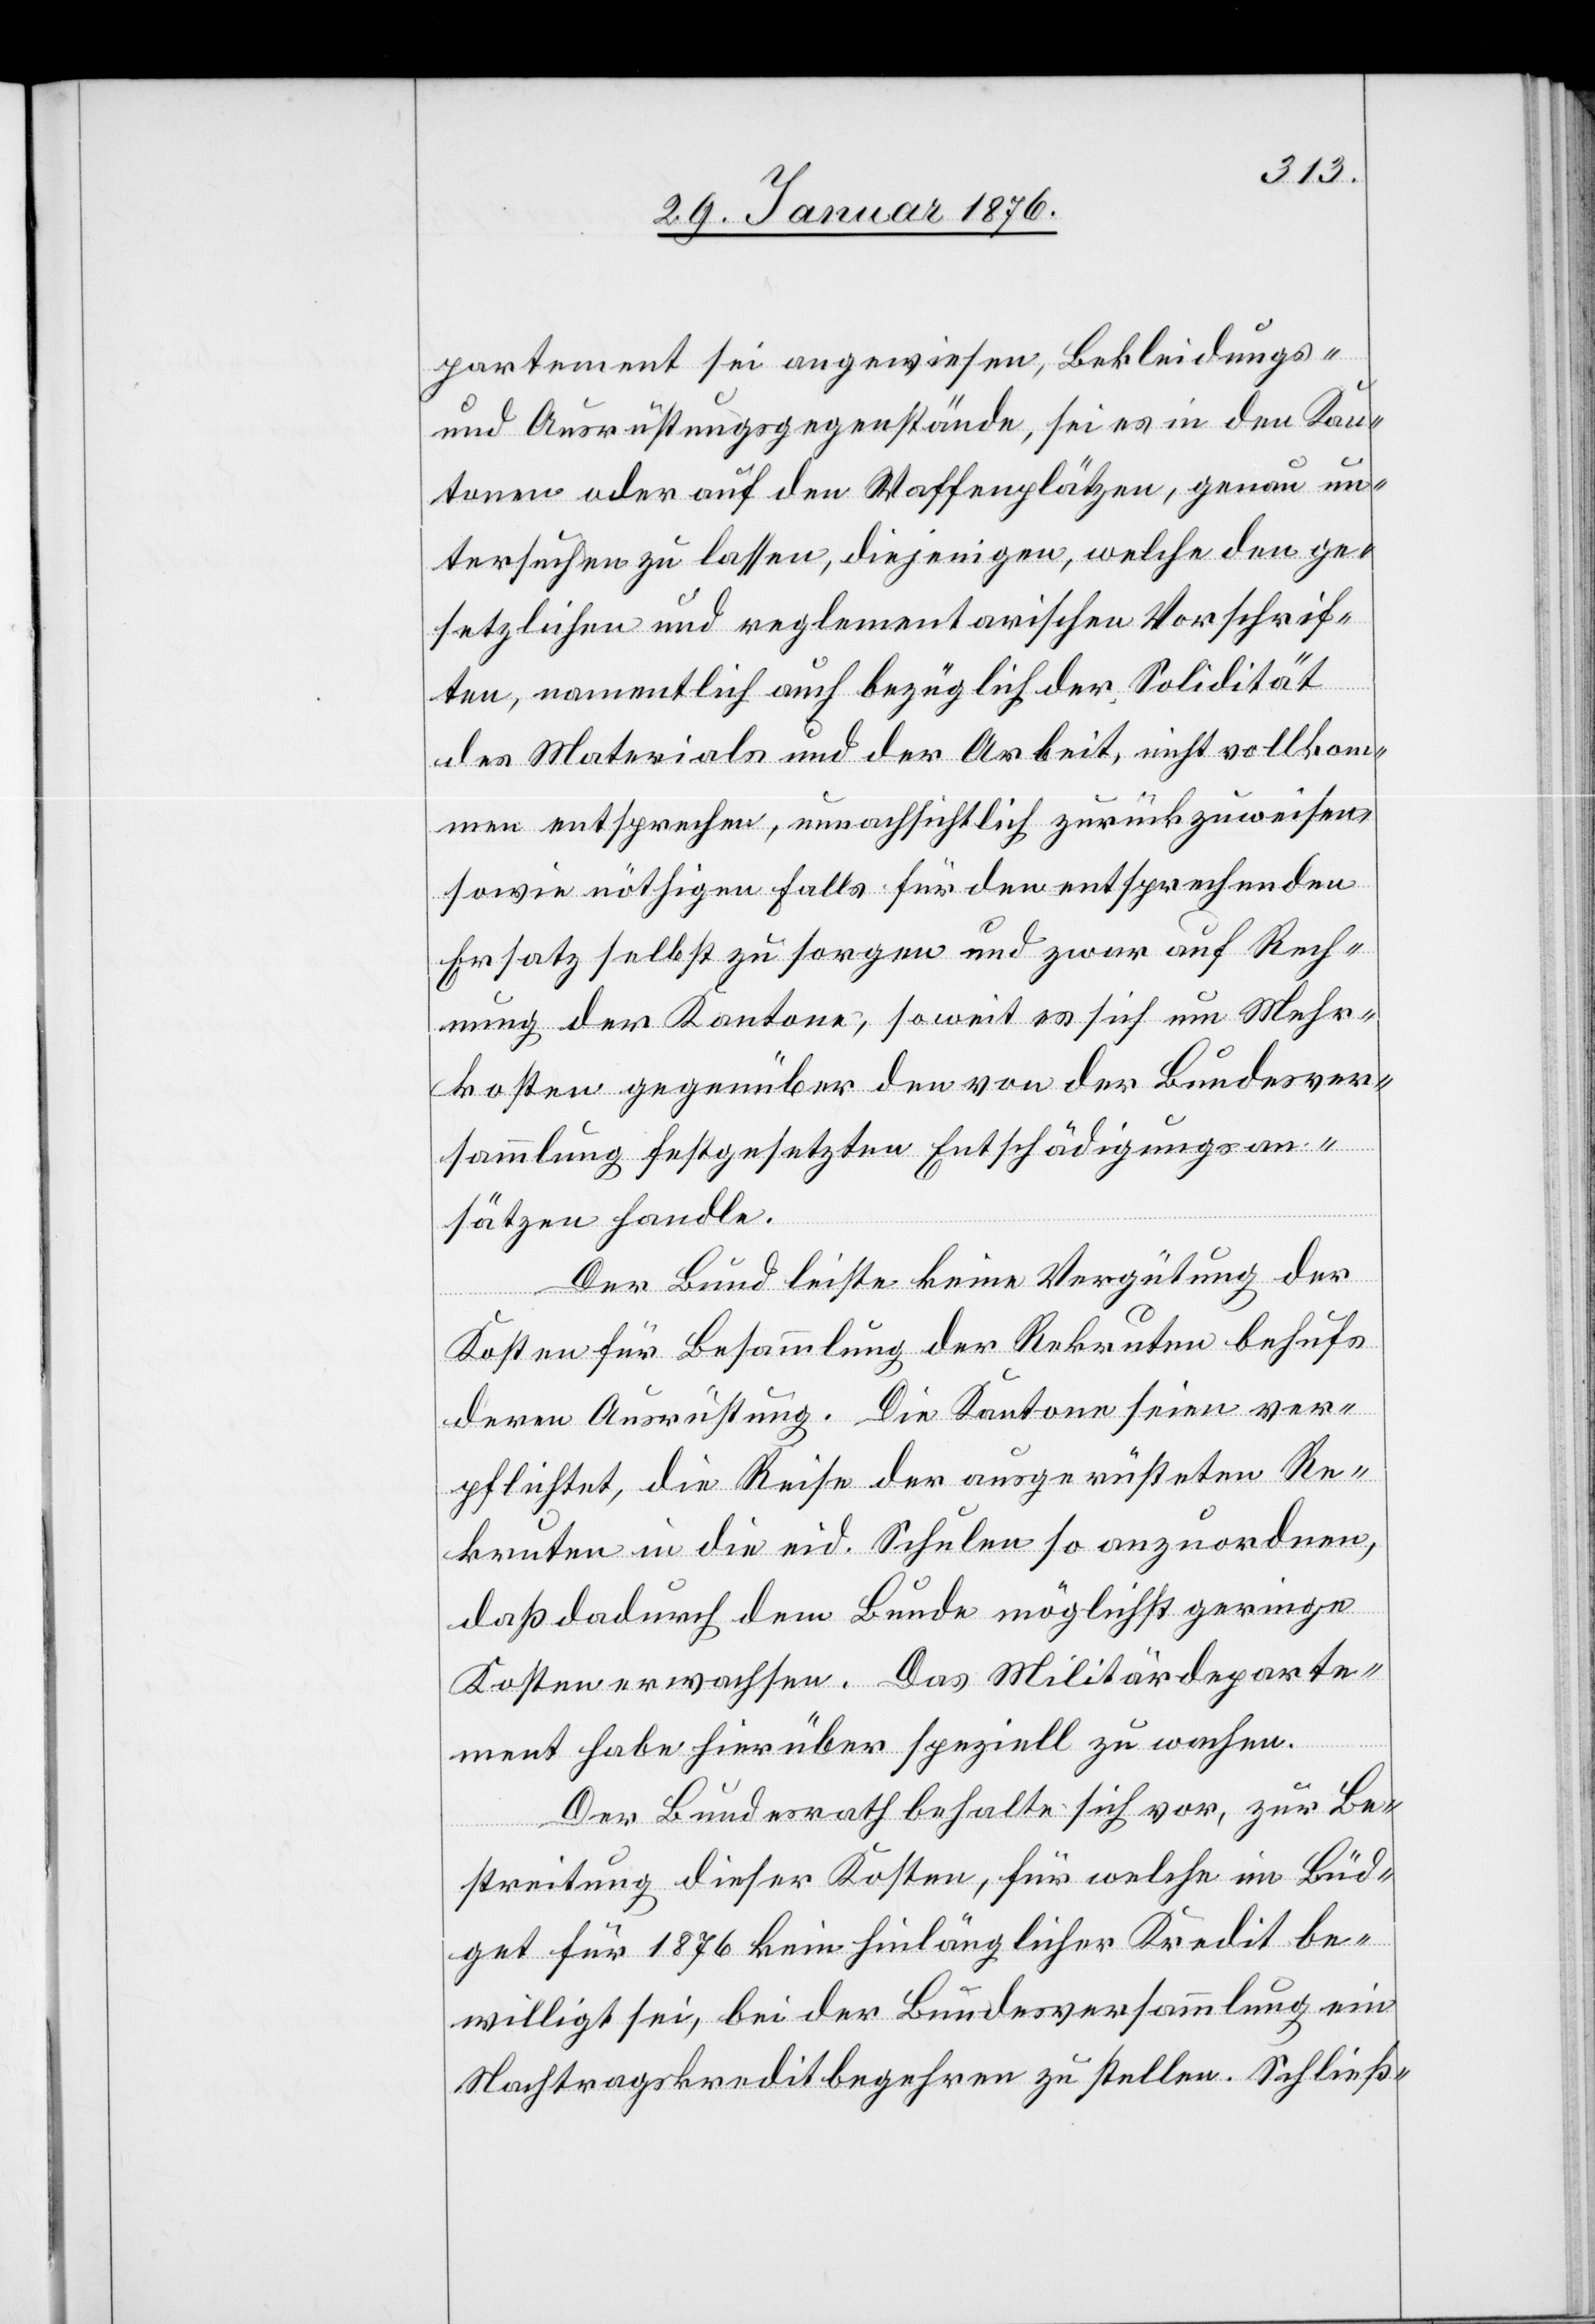
partement sei angewiesen, Bekleidungs-
und Ausrüstungsgegenstände, sei es in den Kan¬
tonen oder auf den Waffenplätzen, genau un¬
tersuchen zu lassen, diejenigen, welche den ge¬
setzlichen und reglementarischen Vorschrif¬
ten, namentlich auch bezüglich der Solidität
des Materialen und der Arbeit, nicht vollkom¬
men entsprechen, unnachsichtlich zurückzuweisen
sowie nöthigen Falls für den entsprechenden
Ersatz selbst zu sorgen und zwar auf Rech¬
nung der Kantone, soweit es sich um Mehr¬
kosten gegenüber den von der Bundesver¬
sammlung festgesetzten Entschädigungsan¬
sätzen handle.
Der Bund leiste keine Vergütung der
Kosten für Besammlung der Rekruten behufs
deren Ausrüstung. Die Kantone seien ver¬
pflichtet, die Reise der ausgerüsteten Re¬
kruten in die eid. Schulen so anzuordnen,
daß dadurch dem Bunde möglichst geringe
Kosten erwachsen. Das Militärdeparte¬
ment habe hierüber speziell zu wachen.
Der Bundesrath behalte sich vor, zur Be¬
streitung dieser Kosten, für welche im Büd¬
get für 1876 kein hinlänglicher Kredit be¬
willigt sei, bei der Bundesversammlung ein
Nachtragskreditbegehren zu stellen. Schließ-